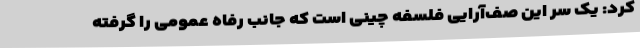
کرد: یک سر این صف‌آرایی فلسفه چینی است که جانب رفاه عمومی را گرفته